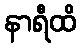
နာရီထိ